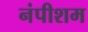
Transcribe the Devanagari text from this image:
नंपीशम